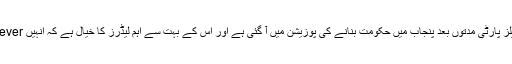
حالیہ الیکشنز کے نتیجہ میں یہ ”معجزہ“ ہوا کہ پیپلز پارٹی مدتوں بعد پنجاب میں حکومت بنانے کی پوزیشن میں آ گئی ہے اور اس کے بہت سے اہم لیڈرز کا خیال ہے کہ انہیں now or never جیسی سنگین صورتحال کا سامنا ہے۔